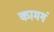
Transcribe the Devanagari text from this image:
कामगं